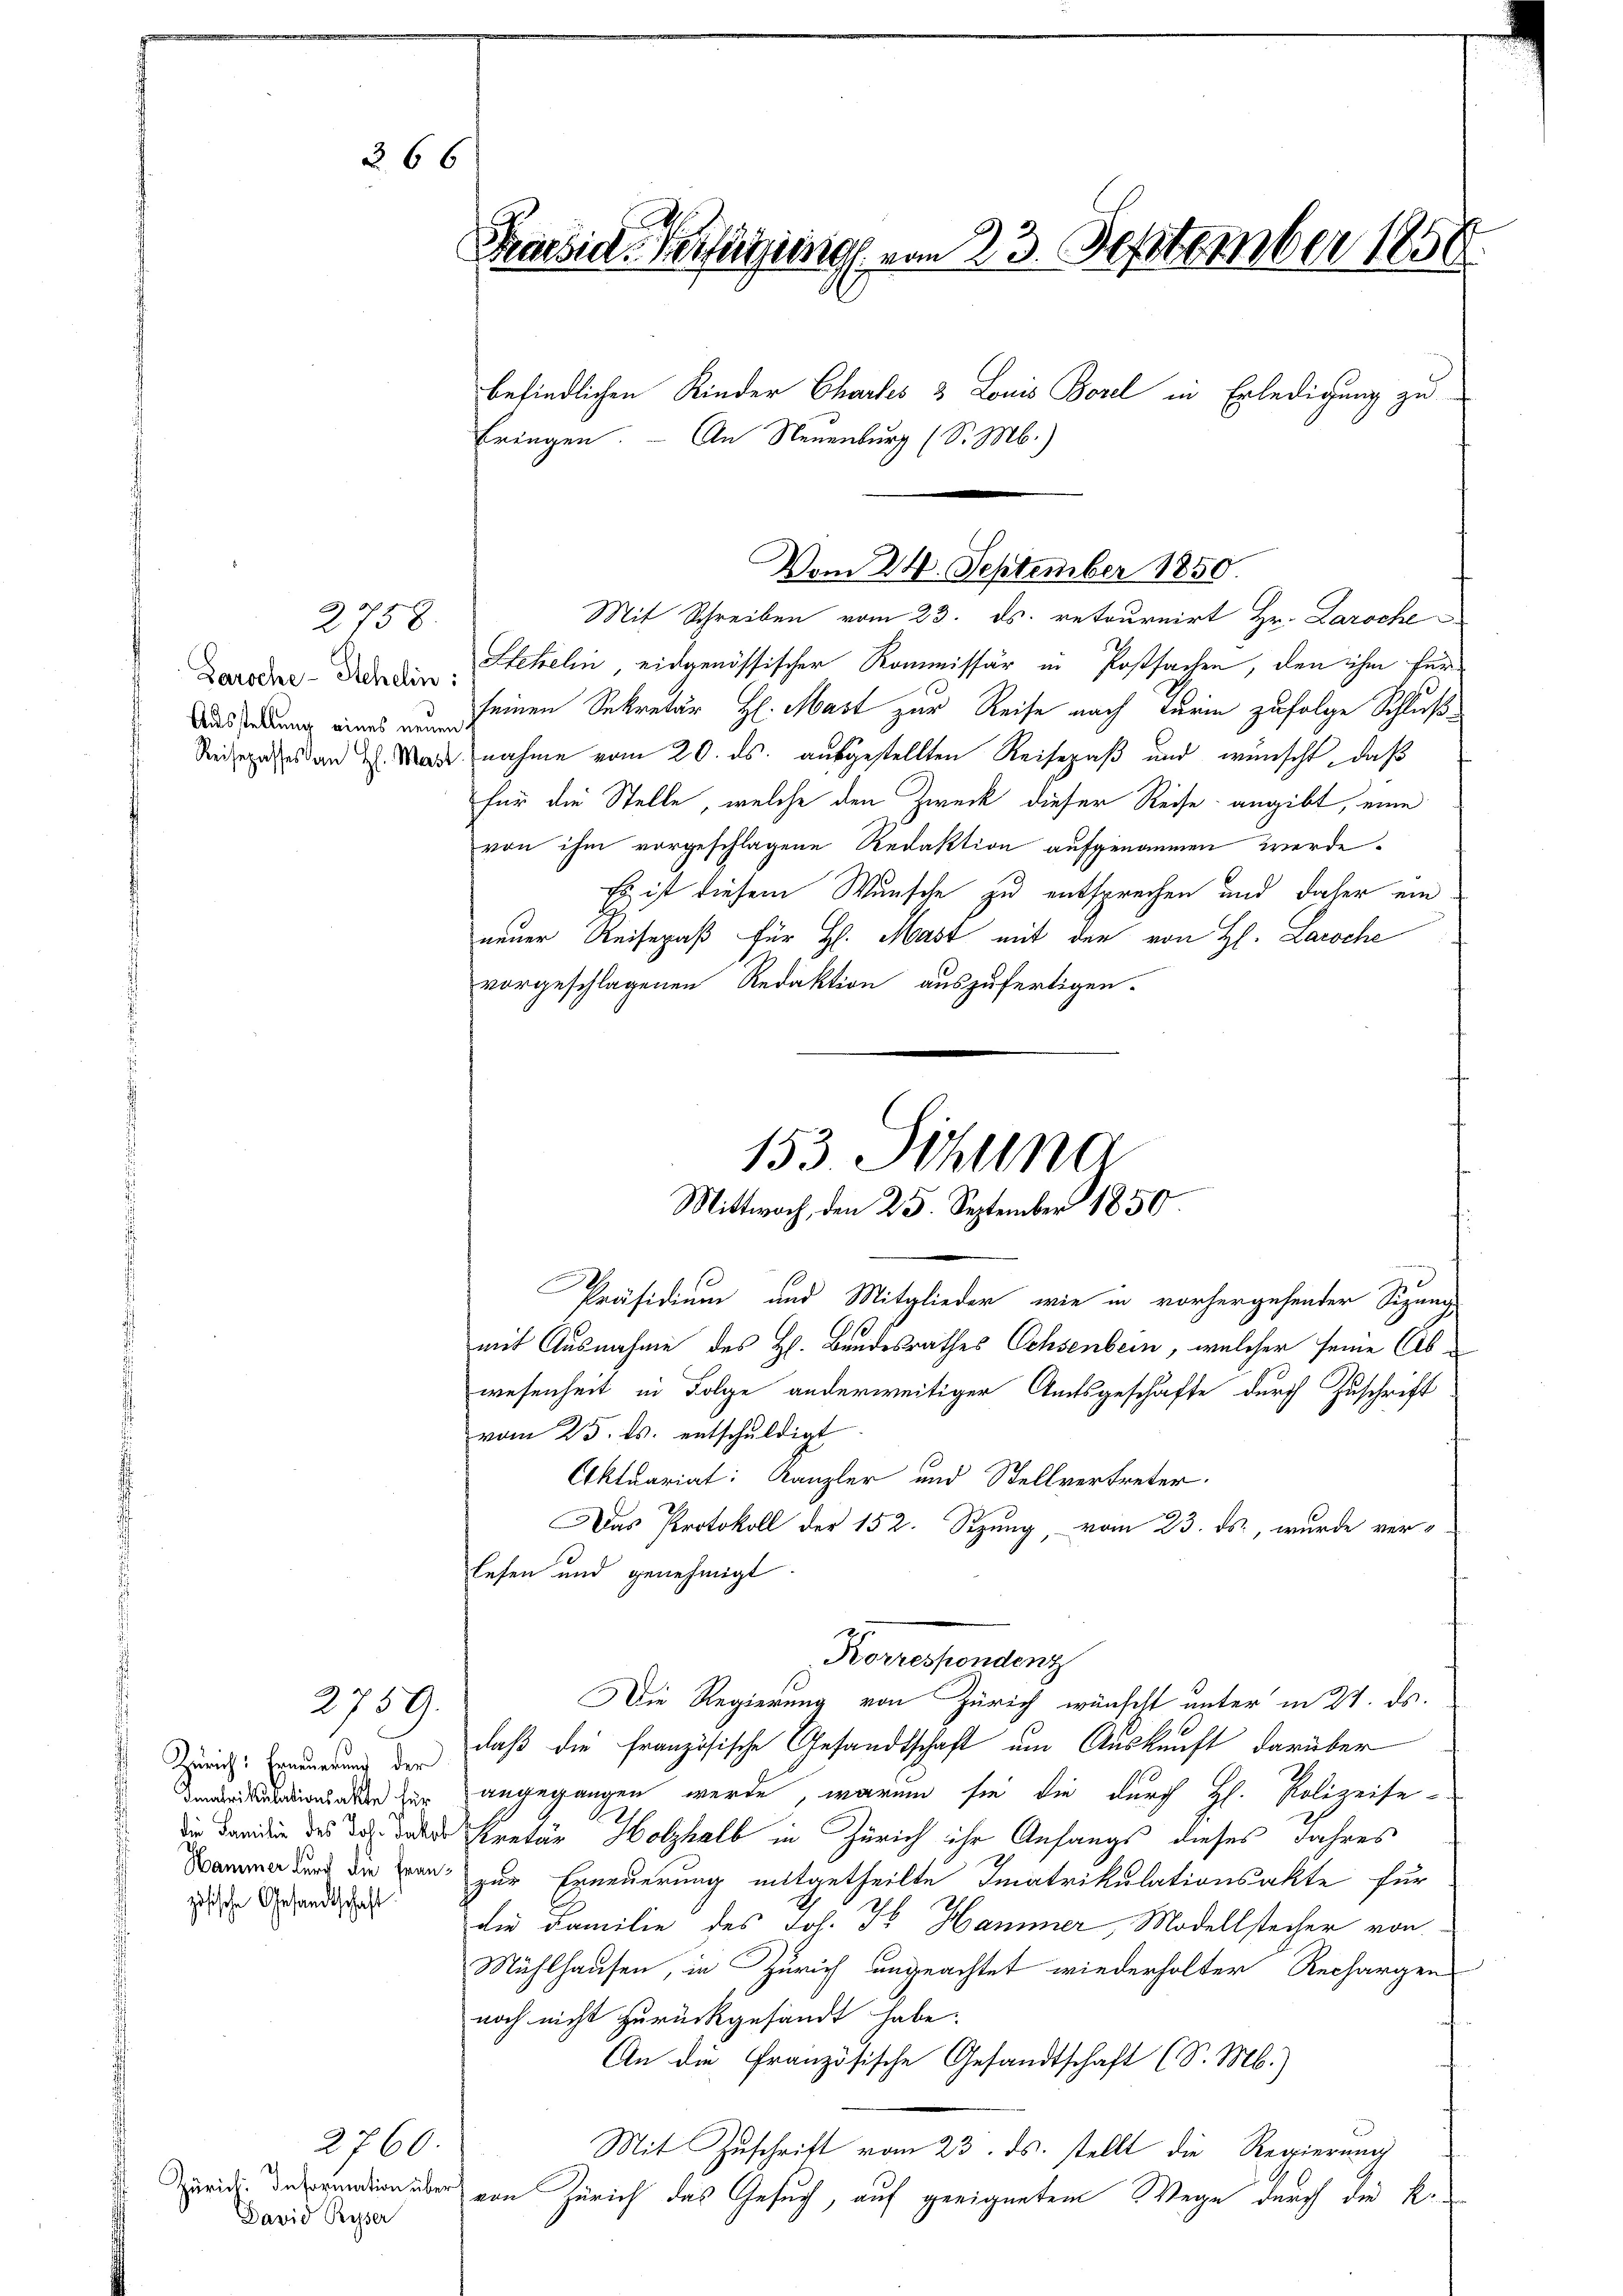
266

Zaroche - Stehelin:
Ausstellung eines neue
Reisepasses an H. Mast

2758.

2759.

Zürich: Erneuerung der
zösische Gesandtschaft

David Ryser

2760.

Stekelin, eidgenössischer Kommissär in Postsachen, den ihm für
seinen Sekretär H. Mast zur Reise nach Turin zufolge Schluß
nahme vom 20. ds. ausgestellten Reisepaß und wünscht, daß
für die Stelle, welche den Zweck dieser Reise angibt, eine
von ihm vorgeschlagene Redaktion aufgenommen werde.
Es ist diesem Wunsche zu entsprechen und daher ein
neuer Reisepaß für H. Mast mit den von H. Laroche
vorgeschlagenen Redaktion auszufertigen.

Präsidium und Mitglieder, wie in vorhergehender Sipand
mit Ausnahme des H. Bandesrathes Ochsenbein, welcher seine Abwesenheit in Folge anderweitiger Amtsgeschäfte durch Zuschrift
vom 25. ds. entschŭldigt.
Aktuariat: Kanzler und Stellvertreter.
Das Protokoll der 152. Sizung, vom 23. ds., wurde verlesen und genehmigt.
daß die französische Gesandtschaft um Auskunft darüber
 u angegangen werde, warum sie die durch H. Polizeise-
i dann des u. da kretär Holzhalb in Zürich ihr Anfangs dieses Jahres
ma und die von zur Erneuerung mitgetheilte Imatrikulationsakte für
die Familie des Joh. Fr. Hammer, Modellstecher von
Mühlhausen, in Zürich ungeachtet wiederholter Rechargen
noch nicht zurückgesandt habe.
An die französische Gesandtschaft (S. M.)
Mit Zuschrift vom 23. ds. stellt die Regierung
iner von Zürich das Gesuch, auf geeignetem Wege durch die K.

Praesid. Verfügung vom 23. September 1858
befindlichen Kinder Chartes 3 Louis Borel in Erledigung zu
bringen An Neuenburg (S. M.)

153 Sitzung
Mittwoch, den 25. September 1850

Vom 24. September 1850.
Mit Schreiben vom 23. ds. retournirt Hr. Laroche

Roversendenz
Die Regierung von Zürich wünscht unter in 24. ds.